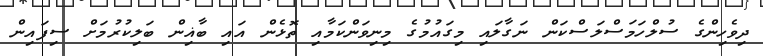
ދިވެހިންގެ ސުލްހަމަސްލަސްކަން ނަގާލައި މިގައުމުގެ މިނިވަންކަމާއި ތޮޅެން އައި ބާޣިން ބަލިކުރުމަށް ސިފައިން